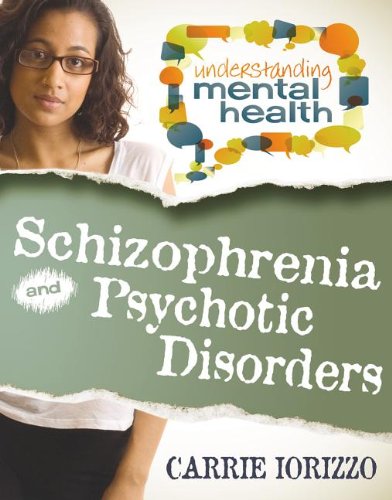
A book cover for Schizophrenia and Other Psychotic Disorders (Understanding Mental Health); Carrie Iorizzo; Teen & Young Adult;